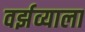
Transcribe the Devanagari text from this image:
वर्झव्याला